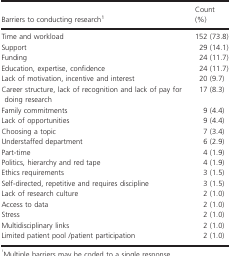
<table><thead><tr><td><b>Barriers to conducting researcha</b></td><td><b>Count (%)</b></td></tr></thead><tbody><tr><td>Time and workload</td><td>152 (73.8)</td></tr><tr><td>Support</td><td>29 (14.1)</td></tr><tr><td>Funding</td><td>24 (11.7)</td></tr><tr><td>Education, expertise, confidence</td><td>24 (11.7)</td></tr><tr><td>Lack of motivation, incentive and interest</td><td>20 (9.7)</td></tr><tr><td>Career structure, lack of recognition and lack of pay for doing research</td><td>17 (8.3)</td></tr><tr><td>Family commitments</td><td>9 (4.4)</td></tr><tr><td>Lack of opportunities</td><td>9 (4.4)</td></tr><tr><td>Choosing a topic</td><td>7 (3.4)</td></tr><tr><td>Understaffed department</td><td>6 (2.9)</td></tr><tr><td>Part‐time</td><td>4 (1.9)</td></tr><tr><td>Politics, hierarchy and red tape</td><td>4 (1.9)</td></tr><tr><td>Ethics requirements</td><td>3 (1.5)</td></tr><tr><td>Self‐directed, repetitive and requires discipline</td><td>3 (1.5)</td></tr><tr><td>Lack of research culture</td><td>2 (1.0)</td></tr><tr><td>Access to data</td><td>2 (1.0)</td></tr><tr><td>Stress</td><td>2 (1.0)</td></tr><tr><td>Multidisciplinary links</td><td>2 (1.0)</td></tr><tr><td>Limited patient pool /patient participation</td><td>2 (1.0)</td></tr></tbody></table>